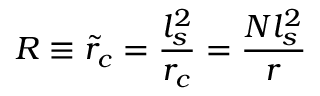
R \equiv \tilde { r } _ { c } = \frac { l _ { s } ^ { 2 } } { r _ { c } } = \frac { N l _ { s } ^ { 2 } } { r }